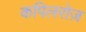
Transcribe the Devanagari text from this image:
कपिलरोज़